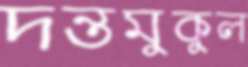
দন্তমুকুল